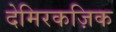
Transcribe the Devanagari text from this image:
देमिरकज़िक